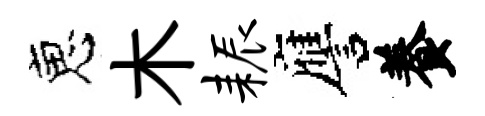
恵木耨譍養